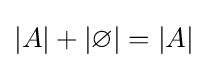
|A|+|\varnothing |=|A|